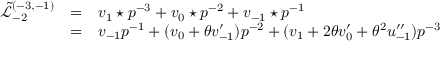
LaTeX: \begin{array} { l c l } { { \tilde { \mathcal L } _ { - 2 } ^ { ( - 3 , - 1 ) } } } & { { = } } & { { { v _ { 1 } \star p } ^ { - 3 } + v _ { 0 } \star p ^ { - 2 } + v _ { - 1 } \star p ^ { - 1 } } } \\ { { } } & { { = } } & { { v _ { - 1 } { p } ^ { - 1 } + ( v _ { 0 } + \theta v _ { - 1 } ^ { \prime } ) p ^ { - 2 } + ( v _ { 1 } + 2 \theta v _ { 0 } ^ { \prime } + \theta ^ { 2 } u _ { - 1 } ^ { \prime \prime } ) p ^ { - 3 } } } \end{array}